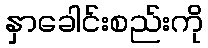
နှာခေါင်းစည်းကို